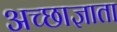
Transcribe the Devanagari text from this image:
अच्छाज्ञाता